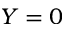
Y = 0